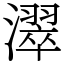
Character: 濢